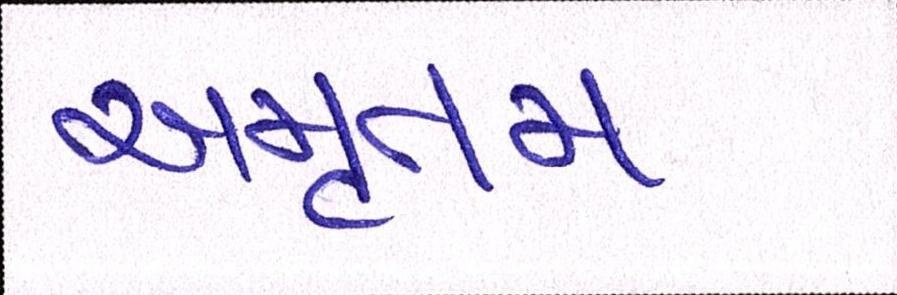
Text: અમૃતમ